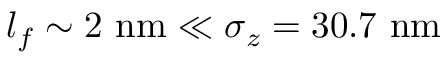
l _ { f } \sim 2 \ \mathrm { n m } \ll \sigma _ { z } = 3 0 . 7 \ \mathrm { n m }